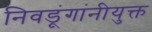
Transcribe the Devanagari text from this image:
निवडूंगांनीयुक्त